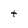
Character: t